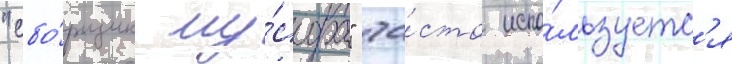
"сбо́рщик му́сора" ча́сто испо́льзуетс'я